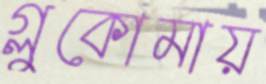
গ্লুকোমায়